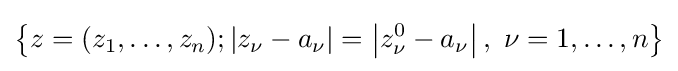
\left\{z=(z_{1},\dots ,z_{n});\left|z_{\nu }-a_{\nu }\right|=\left|z_{\nu }^{0}-a_{\nu }\right|,\ \nu =1,\dots ,n\right\}